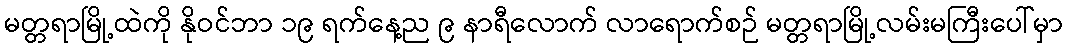
မတ္တရာမြို့ထဲကို နိုဝင်ဘာ ၁၉ ရက်နေ့ည ၉ နာရီလောက် လာရောက်စဉ် မတ္တရာမြို့လမ်းမကြီးပေါ်မှာ